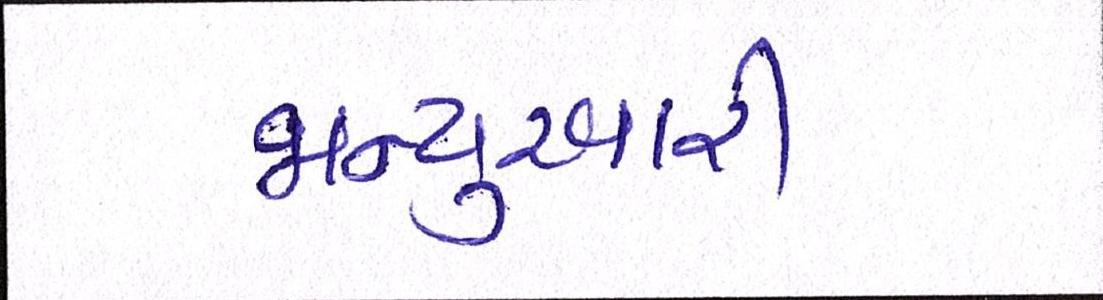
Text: જાન્યુઆરી